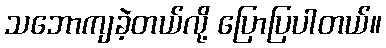
သဘောကျခဲ့တယ်လို့ ပြောပြပါတယ်။